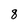
Character: 8